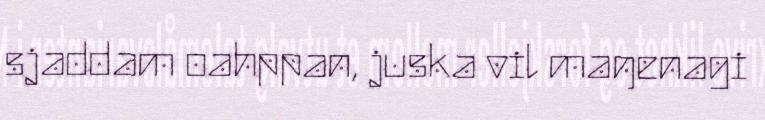
sjaddam oahppan, juska vil maŋenagi